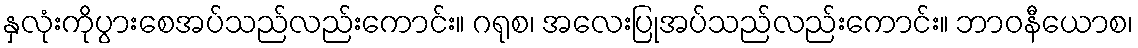
နှလုံးကိုပွားစေအပ်သည်လည်းကောင်း။ ဂရုစ၊ အလေးပြုအပ်သည်လည်းကောင်း။ ဘာဝနီယောစ၊